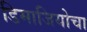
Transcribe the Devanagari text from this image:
डिमाजियोचा